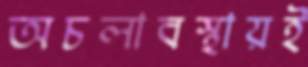
অচলাবস্থায়ই